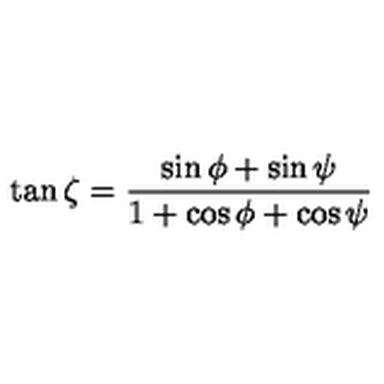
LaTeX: \tan \zeta = \frac { \sin \phi + \sin \psi } { 1 + \cos \phi + \cos \psi }